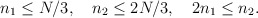
\begin{align*}n_1 \le N/3, \quad n_2 \le 2 N/3, \quad 2 n_1 \le n_2.\end{align*}